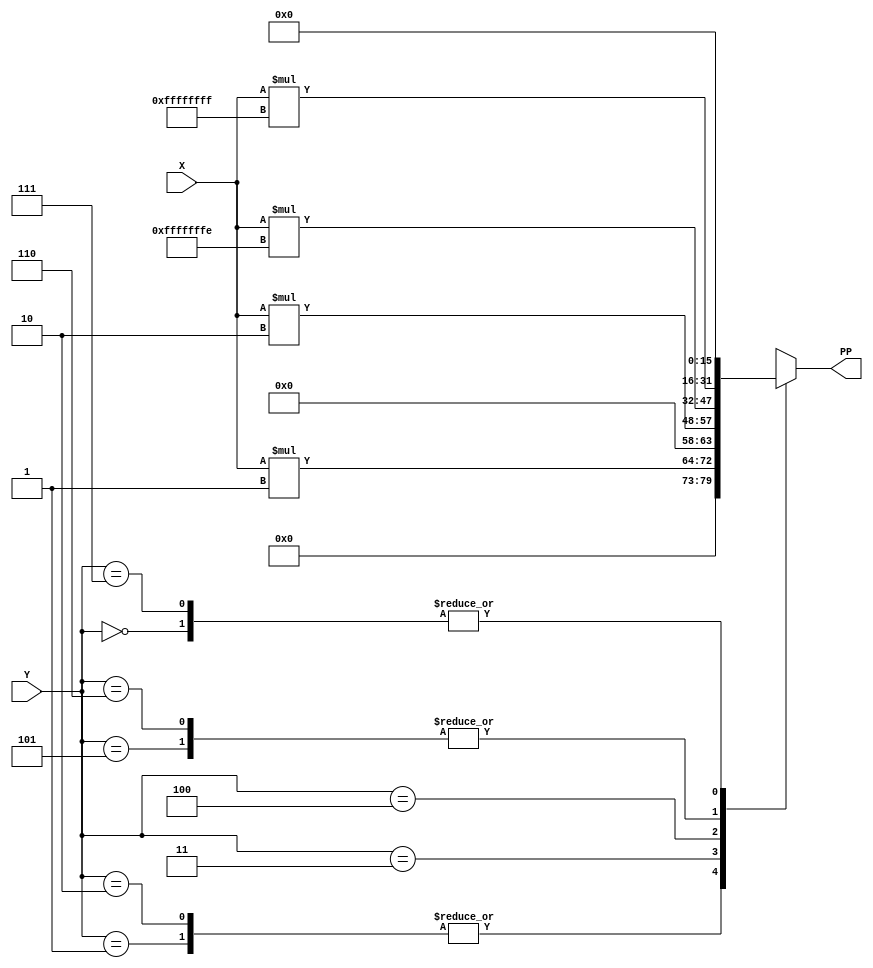
module SD_Booth_Encoder_PP_Block (X,Y,PP);
  input [7:0]X;
  input [2:0]Y;
  output [15:0]PP;
  reg [15:0]PP;
  
  wire  [15:0]X_2,X_1,X_2b,X_1b;


  assign X_1=X*'d1;
  assign X_1b=X*-'d1;    

  assign X_2=X*'d2;
  assign X_2b=X*-'d2;    

  always @ (*)
  begin
  case (Y)
    3'b000: PP=16'd0;                    
    3'b001: PP=X_1;
    3'b010: PP=X_1;
    3'b011: PP=X_2;
    3'b100: PP=X_2b;
    3'b101: PP=X_1b;
    3'b110: PP=X_1b;
    3'b111: PP=16'd0;                    
  endcase
end  
endmodule